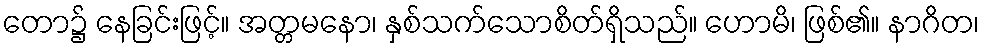
တော၌ နေခြင်းဖြင့်။ အတ္တမနော၊ နှစ်သက်သောစိတ်ရှိသည်။ ဟောမိ၊ ဖြစ်၏။ နာဂိတ၊